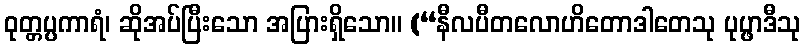
ဝုတ္တပ္ပကာရံ၊ ဆိုအပ်ပြီးသော အပြားရှိသော။ (“နီလပီတလောဟိတောဒါတေသု ပုပ္ဖာဒီသု